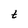
Character: t